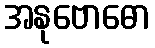
အနုဗောဓော